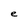
Character: e